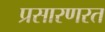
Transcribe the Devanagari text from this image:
प्रसारणरत